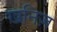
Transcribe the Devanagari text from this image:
खनिज़